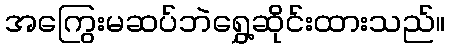
အကြွေးမဆပ်ဘဲရွှေ့ဆိုင်းထားသည်။